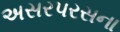
અસરપરસના